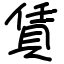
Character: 賃